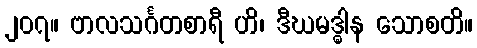
၂၀၇။ ဗာလသင်္ဂတစာရီ ဟိ၊ ဒီဃမဒ္ဓါန သောစတိ။